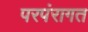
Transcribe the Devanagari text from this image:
परपंरागत